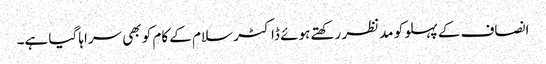
انصاف کے پہلو کو مدنظر رکھتے ہوئے ڈاکٹر سلام کے کام کو بھی سراہا گیا ہے۔